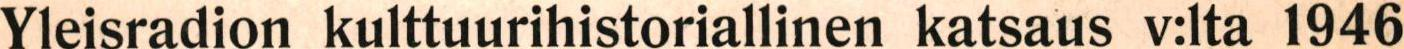
Yleisradion kulttuurihistoriallinen katsaus v:lta 1946